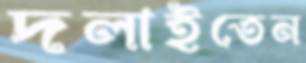
দলাইতেন